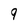
Character: 9